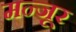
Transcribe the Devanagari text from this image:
मन्जूर